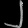
Digit: ၂